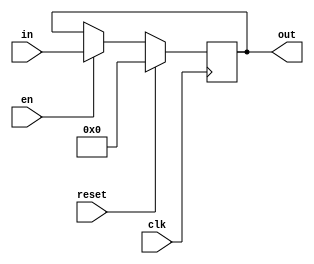
module latch5(
input wire clk, 
input wire en, 
input wire reset, 	// reset sincronico con clk
input wire [4:0] in,
 
output reg [4:0] out
);



always @(posedge clk) begin
	if (reset) begin
		out <= 0;
	end
	else if (en) begin
        out <= in;
    end
end

endmodule